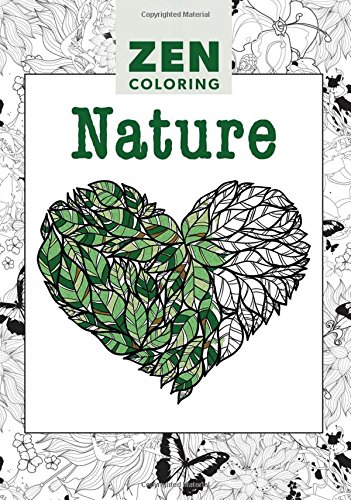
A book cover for Zen Coloring - Nature; Editors of GMC; Crafts, Hobbies & Home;